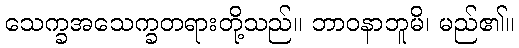
သေက္ခအသေက္ခတရားတို့သည်။ ဘာဝနာဘူမိ၊ မည်၏။